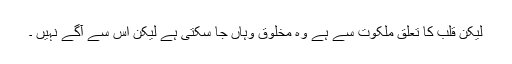
لیکن قلب کا تعلق ملکوت سے ہے وہ مخلوق وہاں جا سکتی ہے لیکن اس سے آگے نہیں ۔